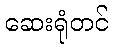
ဆေးရုံတင်